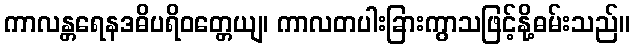
ကာလန္တရေနဒဓိပရိဝတ္တေယျ၊ ကာလတပါးခြားကွာသဖြင့်နို့ဓမ်းသည်။